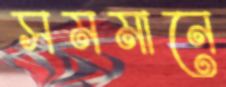
সমমানে